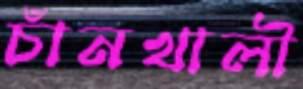
চাঁনখালী